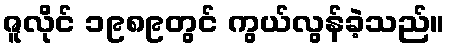
ဇူလိုင် ၁၉၈၉တွင် ကွယ်လွန်ခဲ့သည်။